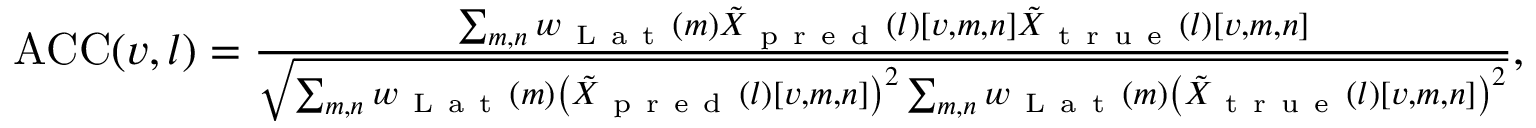
\begin{array} { r } { \mathrm { A C C } ( v , l ) = \frac { \sum _ { m , n } w _ { \mathrm { ~ L ~ a ~ t ~ } } ( m ) \tilde { { X } } _ { \mathrm { ~ p ~ r ~ e ~ d ~ } } ( l ) \left[ v , m , n \right] \tilde { { X } } _ { \mathrm { ~ t ~ r ~ u ~ e ~ } } ( l ) \left[ v , m , n \right] } { \sqrt { \sum _ { m , n } w _ { \mathrm { ~ L ~ a ~ t ~ } } ( m ) \left( \tilde { { X } } _ { \mathrm { ~ p ~ r ~ e ~ d ~ } } ( l ) \left[ v , m , n \right] \right) ^ { 2 } \sum _ { m , n } w _ { \mathrm { ~ L ~ a ~ t ~ } } ( m ) \left( \tilde { { X } } _ { \mathrm { ~ t ~ r ~ u ~ e ~ } } ( l ) \left[ v , m , n \right] \right) ^ { 2 } } } , } \end{array}